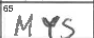
Transcription: MYS